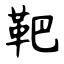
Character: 靶